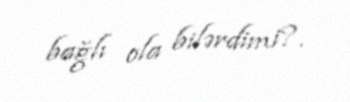
bağlı ola bilərdimi?.